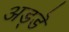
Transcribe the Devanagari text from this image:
अड्डॆ